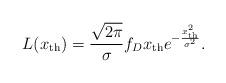
LaTeX: \begin{align*}L(x_{\rm th})=\frac{\sqrt{2\pi}}{\sigma}f_Dx_{\rm th}e^{-\frac{x_{\rm th}^2}{\sigma^2}}.\end{align*}